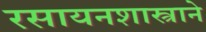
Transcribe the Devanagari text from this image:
रसायनशास्त्राने